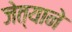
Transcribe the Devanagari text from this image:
जेत्याने